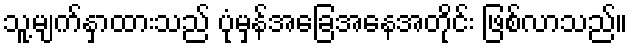
သူ့မျက်နှာထားသည် ပုံမှန်အခြေအနေအတိုင်း ဖြစ်လာသည်။